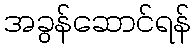
အခွန်ဆောင်ရန်